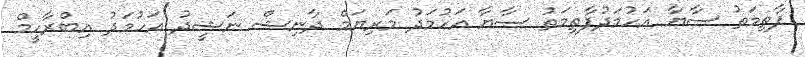
ފާތިމަތު ސާޔާ އަހުމަދުފާތިމަތު ސާޔާ އަހުމަދު މަރިޔަމް ދާނިޝް ނަޝީދު އަހުމަދު އިބްރާހީމް